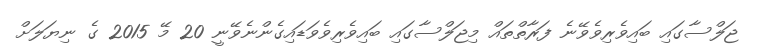
ޖަލްސާގައި ބައިވެރިވެވޭނެ ފަރާތްތައް މިޖަލްސާގައި ބައިވެރިވެވަޑައިގެންނެވޭނީ 20 މޭ 2015 ގެ ނިޔަލަށް